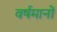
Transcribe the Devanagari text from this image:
वर्षमानों